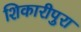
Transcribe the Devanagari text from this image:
शिकारीपुरा